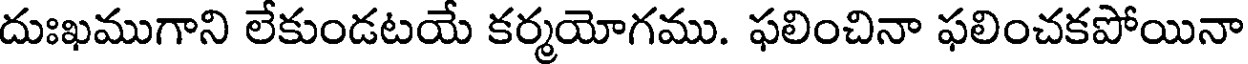
దుఃఖముగాని లేకుండటయే కర్మయోగము. ఫలించినా ఫలించకపోయినా